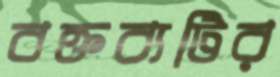
বক্তব্যটির